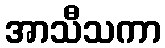
အာသီသကာ